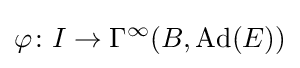
\varphi \colon I\rightarrow \Gamma ^{\infty }(B,\operatorname {Ad} (E))